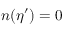
\boldsymbol { n } ( \eta ^ { \prime } ) = 0